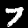
Digit: 7